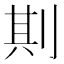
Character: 剘